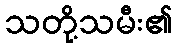
သတို့သမီး၏